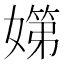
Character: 𡠨